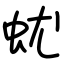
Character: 蚘